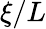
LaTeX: \xi/L